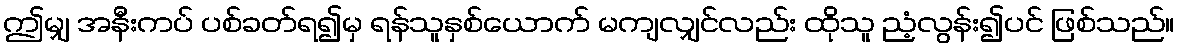
ဤမျှ အနီးကပ် ပစ်ခတ်ရ၍မှ ရန်သူနှစ်ယောက် မကျလျှင်လည်း ထိုသူ ညံ့လွန်း၍ပင် ဖြစ်သည်။